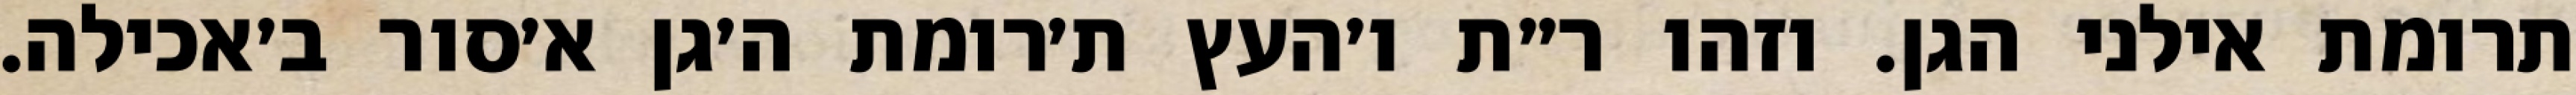
תרומת אילני הגן. וזהו ר״ת ו׳העץ ת׳רומת ה׳גן א׳סור ב׳אכילה.